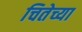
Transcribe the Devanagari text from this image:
चितेच्या